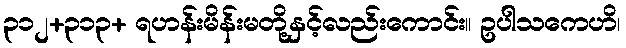
၃၁၂+၃၁၃+ ရဟန်းမိန်းမတို့နှင့်လည်းကောင်း။ ဥပါသကေဟိ၊